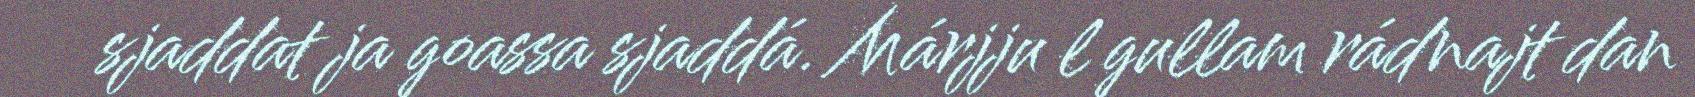
sjaddat ja goassa sjaddá. Márjju l gullam rádnajt dan